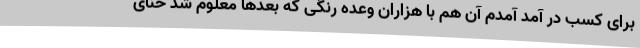
برای کسب در آمد آمدم آن هم با هزاران وعده رنگی که بعدها معلوم شد حنای